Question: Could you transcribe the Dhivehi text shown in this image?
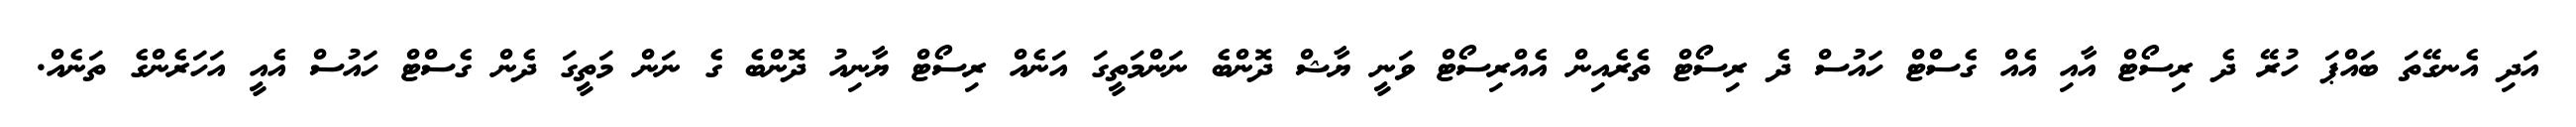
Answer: އަދި އެނގޭތަ ބައްޕަ ހުރޭ ދެ ރިސޯޓް އާއި އެއް ގެސްޓް ހައުސް ދެ ރިސޯޓް ތެރެއިން އެއްރިސޯޓް ވަނީ ޔާޝް ދޮންބެ ނަންމަތީގަ އަނެއް ރިސޯޓް ޔާނިއު ދޮންބެ ގެ ނަން މަތީގަ ދެން ގެސްޓް ހައުސް އެއީ އަހަރެންގެ ތަނެއް.